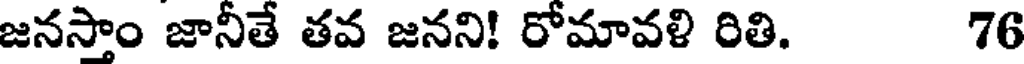
జనస్తాం జానీతే తవ జనని! రోమావళి రితి. 76